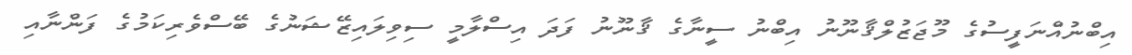
އިބްނުއްނަފީސުގެ މޫޖަޒުލްޤާނޫނު އިބްނު ސީނާގެ ޤާނޫނު ފަދަ އިސްލާމީ ސިވިލައިޒޭޝަނުގެ ބޭސްވެރިކަމުގެ ފަންނާއި